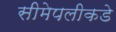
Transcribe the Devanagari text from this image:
सीमेपलीकडे